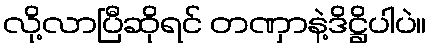
လို့လာပြီဆိုရင် တဏှာနဲ့ဒိဋ္ဌိပါပဲ။